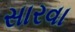
સારવા